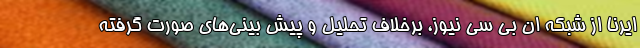
ایرنا از شبکه ان بی سی نیوز، برخلاف تحلیل و پیش بینی‌های صورت گرفته